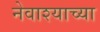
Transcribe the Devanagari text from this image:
नेवाश्याच्या